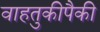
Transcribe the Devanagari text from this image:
वाहतुकीपैकी